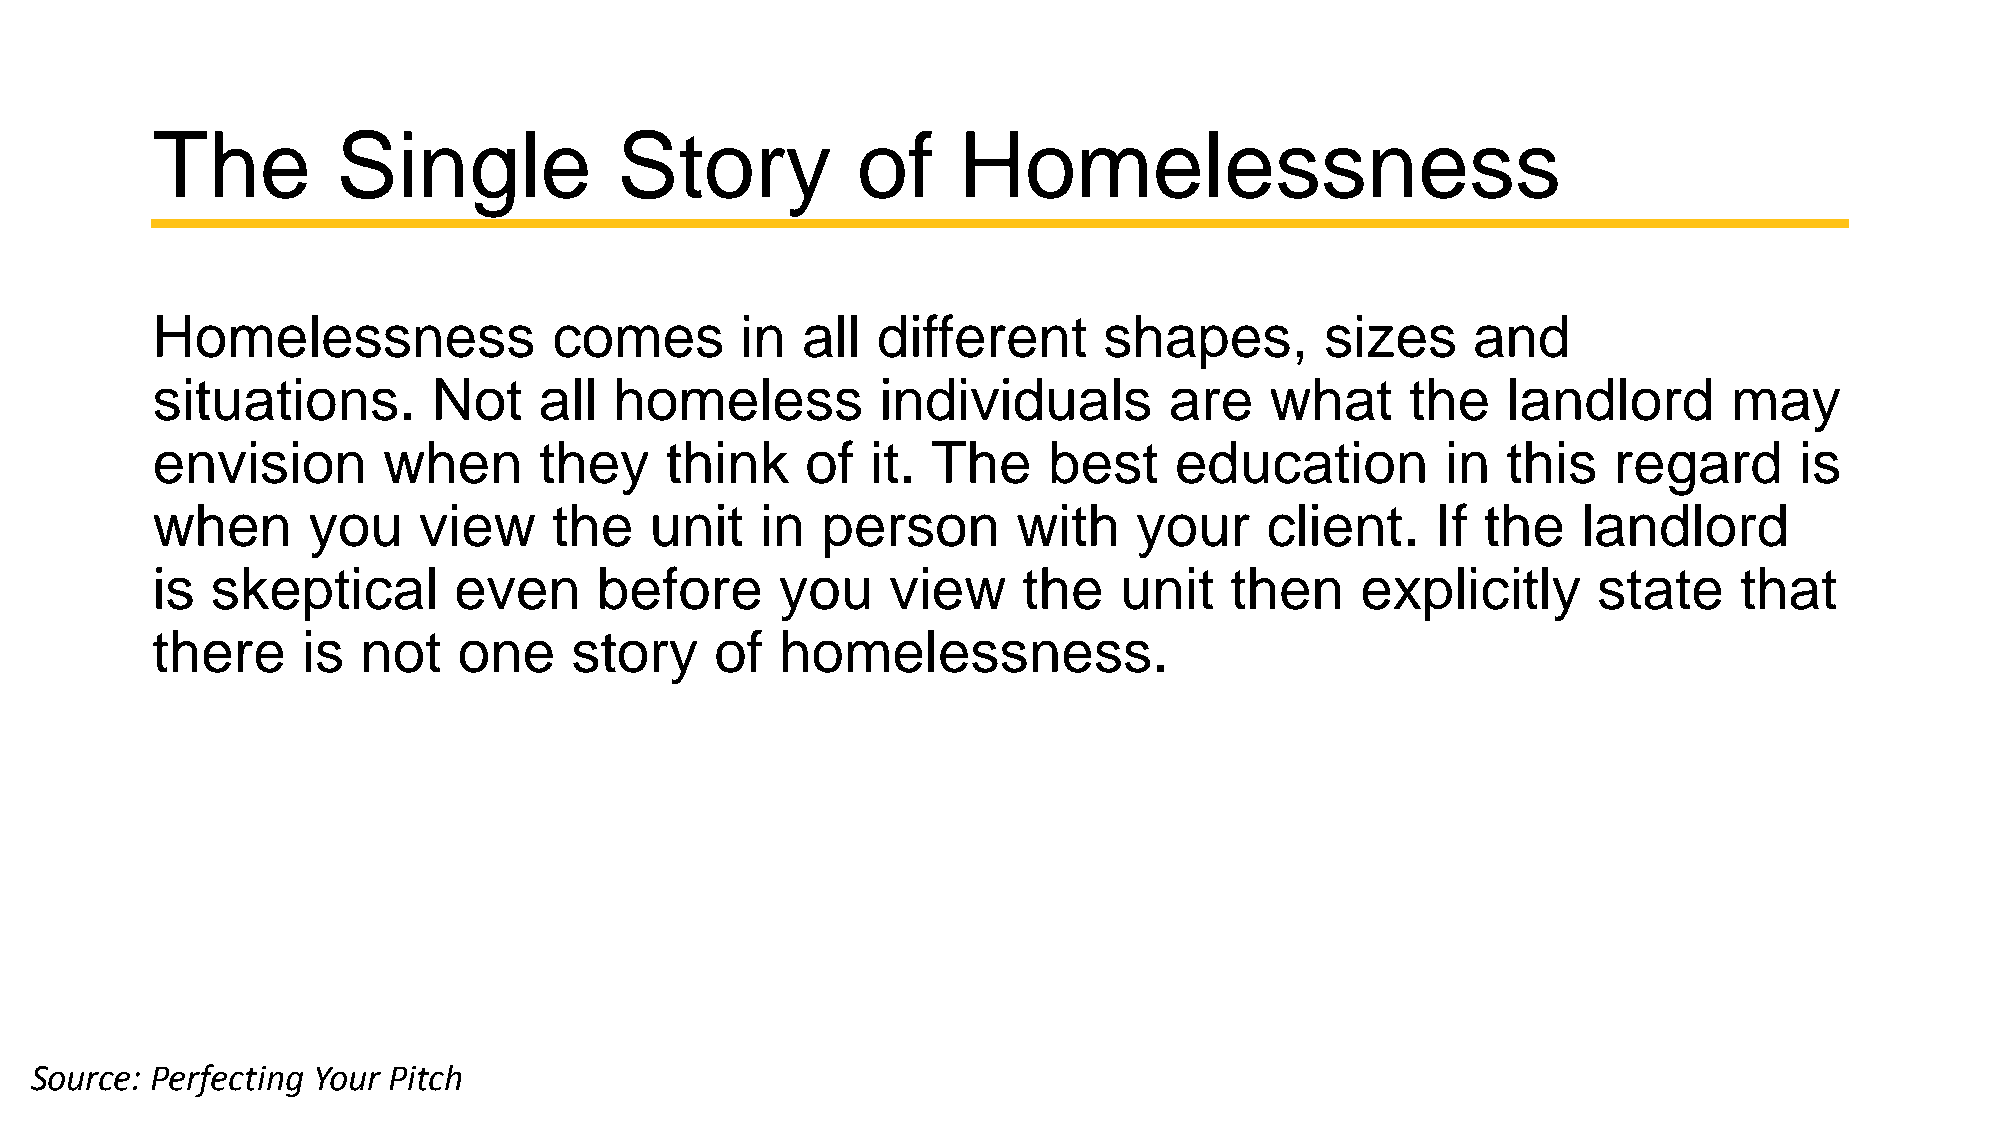
The         Single             Story           of    Homelessness
 Homelessness               comes       in  all  different      shapes,        sizes    and
 situations.        Not    all  homeless         individuals        are    what     the    landlord       may
 envision       when       they    think    of   it. The    best     education         in  this   regard      is
 when      you     view     the   unit   in  person       with    your     client.    If the    landlord
 is  skeptical       even      before      you    view     the   unit   then     explicitly      state    that
 there     is  not   one     story    of   homelessness.
 Source: Perfecting Your Pitch